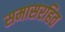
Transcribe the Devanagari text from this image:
समासरहित